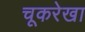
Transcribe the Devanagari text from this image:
चूकरेखा